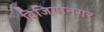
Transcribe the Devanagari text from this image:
विजियानगर